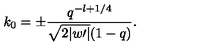
k _ { 0 } = \pm \frac { q ^ { - l + 1 / 4 } } { \sqrt { 2 | w \prime | } ( 1 - q ) } .